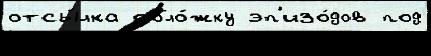
отсы́лка обло́жку эп'изо́дов под